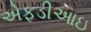
એફડીઆઇ